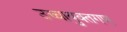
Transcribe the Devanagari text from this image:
उच्चायुक्तगण